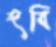
হবি